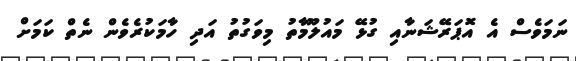
ނަމަވެސް އެ އޮޕަރޭޝަނާއި ގުޅޭ މައުލޫމާތު މިވަގުތު އަދި ހާމަކުރެވެން ނެތް ކަމަށް